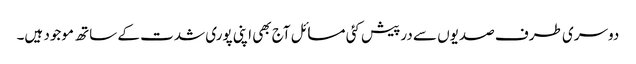
دوسری طرف صدیوں سے درپیش کئی مسائل آج بھی اپنی پوری شدت کے ساتھ موجود ہیں۔